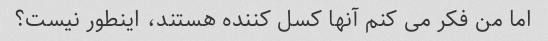
اما من فکر می کنم آنها کسل کننده هستند، اینطور نیست؟